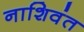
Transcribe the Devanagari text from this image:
नाशिवंत